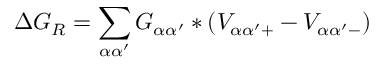
\Delta G _ { R } = \sum _ { \alpha \alpha ^ { \prime } } G _ { \alpha \alpha ^ { \prime } } \ast ( V _ { \alpha \alpha ^ { \prime } + } - V _ { \alpha \alpha ^ { \prime } - } )